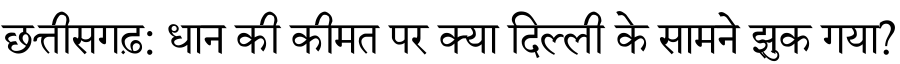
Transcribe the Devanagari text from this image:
छत्तीसगढ़: धान की कीमत पर क्या दिल्ली के सामने झुक गया?